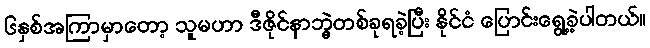
၆နှစ်အကြာမှာတော့ သူမဟာ ဒီဇိုင်နာဘွဲ့တစ်ခုရခဲ့ပြီး နိုင်ငံ ပြောင်းရွေ့ခဲ့ပါတယ်။